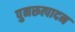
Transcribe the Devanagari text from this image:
पुनरूत्पादन